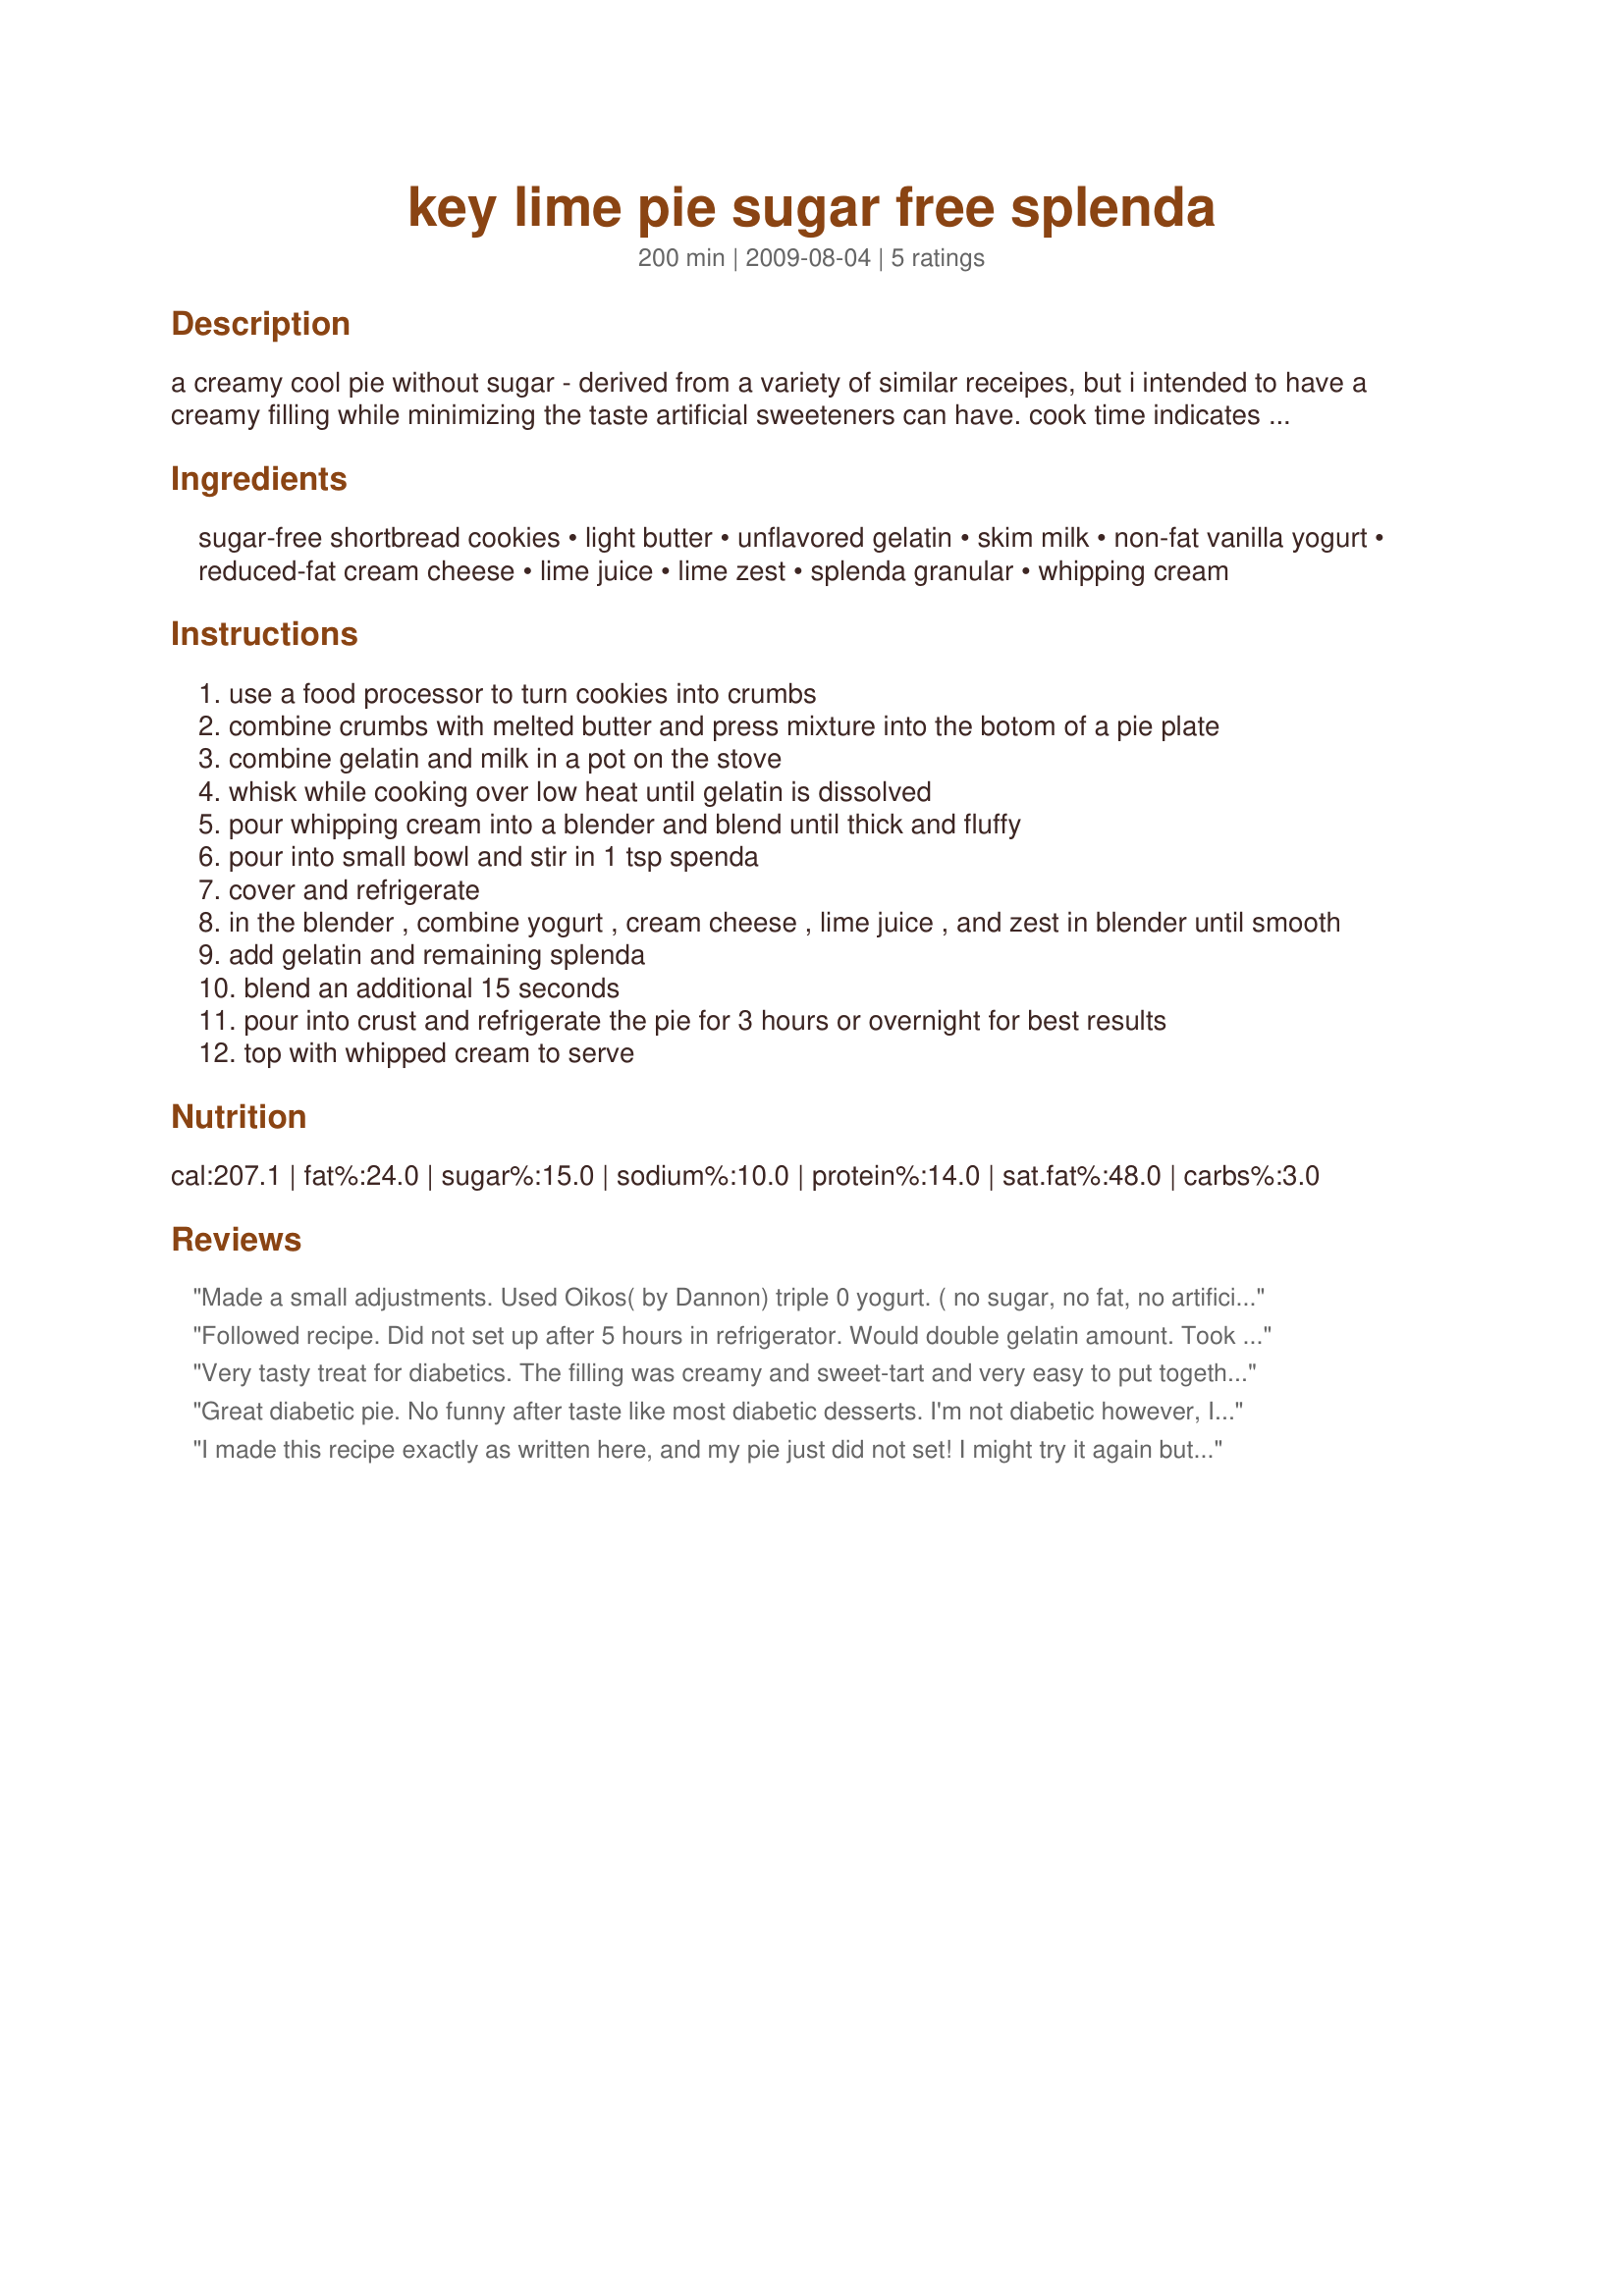
key lime pie sugar free splenda
Preparation time: 200 minutes

a creamy cool pie without sugar - derived from a variety of similar receipes, but i intended to have a creamy filling while minimizing the taste artificial sweeteners can have. cook time indicates time to chill.

Ingredients:
sugar-free shortbread cookies, light butter, unflavored gelatin, skim milk, non-fat vanilla yogurt, reduced-fat cream cheese, lime juice, lime zest, splenda granular, whipping cream

Steps:
use a food processor to turn cookies into crumbs
combine crumbs with melted butter and press mixture into the botom of a pie plate
combine gelatin and milk in a pot on the stove
whisk while cooking over low heat until gelatin is dissolved
pour whipping cream into a blender and blend until thick and fluffy
pour into small bowl and stir in 1 tsp spenda
cover and refrigerate
in the blender , combine yogurt , cream cheese , lime juice , and zest in blender until smooth
add gelatin and remaining splenda
blend an additional 15 seconds
pour into crust and refrigerate the pie for 3 hours or overnight for best results
top with whipped cream to serve

Reviews:
Made a small adjustments. Used Oikos( by Dannon) triple 0 yogurt. ( no sugar, no fat, no artificial sweetner ) and fat free cream cheese. Juiced and zested 2 fresh organic limes. Delish!!
Followed recipe. Did not set up after 5 hours in refrigerator. Would double gelatin amount. Took 8 limes to get 1/2 cup of juice. Will only do 1/3 cup next time. Way to liquidy and very tart. It took approx 10 min in blender to get whipping cream whipped. Plus not enough. I would just use a suger free pre whipped whipping cream, thou home made tastes better. This is NOT a quick recipe to make. It is no way close to the estimated amount time to make. Still like the basics of the recipe. Will make it again, with adjustments.
Very tasty treat for diabetics. The filling was creamy and sweet-tart and very easy to put together. Made for Fall 2009 PAC.
Great diabetic pie. No funny after taste like most diabetic desserts. I'm not diabetic however, I make this for many diabetics and they love it. Awesome recipe.
I made this recipe exactly as written here, and my pie just did not set! I might try it again but double the amount of gelatin. The favors are pretty nice though, and I can't wait for my dad, who's a diabetic, key lime pie lover, to try it. It's more like a tasty key lime pie pudding.
